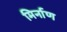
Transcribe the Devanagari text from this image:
मिर्नाण